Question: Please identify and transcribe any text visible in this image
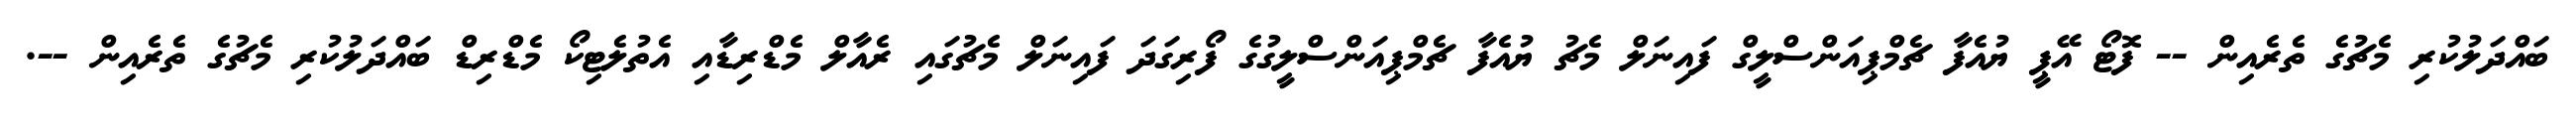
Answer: ބައްދަލުކުރި މެޗުގެ ތެރެއިން -- ފޮޓޯ އޭޕީ ޔުއެފާ ޗެމްޕިއަންސްލީގް ފައިނަލް މެޗު ޔުއެފާ ޗެމްޕިއަންސްލީގުގެ ފޯރިގަދަ ފައިނަލް މެޗުގައި ރެއާލް މެޑްރިޑާއި އެތުލެޓިކޯ މެޑްރިޑް ބައްދަލުކުރި މެޗުގެ ތެރެއިން --.